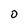
Character: 0